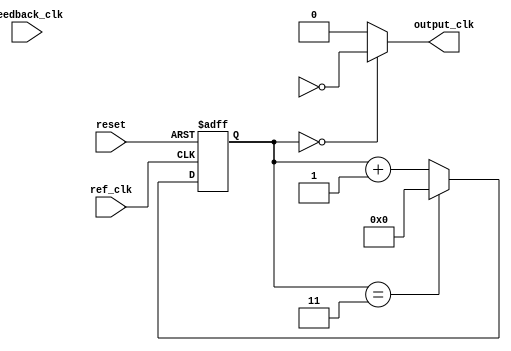
module PLL (
    input wire ref_clk,           // Reference clock input
    input wire feedback_clk,      // Feedback clock input
    output wire output_clk,       // PLL output clock
    input wire reset              // Asynchronous reset
);

// Parameters
parameter integer DIV_FACTOR = 4; // Divider factor for feedback (adjust as necessary)
parameter integer VCO_MAX_FREQ = 100; // Maximum frequency for VCO (in arbitrary units)

// PFD
reg pfd_fwd; // Lead indication
reg pfd_rev; // Lag indication

always @(posedge ref_clk or negedge reset) begin
    if (!reset) begin
        pfd_fwd <= 1'b0;
        pfd_rev <= 1'b0;
    end else begin
        // Basic PFD logic
        if (feedback_clk) begin
            pfd_fwd <= 1'b1; // Feedback clock is leading
            pfd_rev <= 1'b0;
        end else if (ref_clk) begin
            pfd_fwd <= 1'b0;
            pfd_rev <= 1'b1; // Reference clock is leading
        end
    end
end

// Charge Pump
reg signed [7:0] control_voltage; // Control voltage (can adjust the size based on requirements)

always @(posedge ref_clk or negedge reset) begin
    if (!reset) begin
        control_voltage <= 8'd0;
    end else begin
        if (pfd_fwd) begin
            control_voltage <= control_voltage + 1;  // Increase control voltage
        end else if (pfd_rev) begin
            control_voltage <= control_voltage - 1;  // Decrease control voltage
        end
    end
end

// VCO
reg [7:0] vco_frequency; // Frequency of the VCO (can adjust the size based on requirements)

always @(posedge ref_clk or negedge reset) begin
    if (!reset) begin
        vco_frequency <= 8'd0;
    end else begin
        // Simple VCO model affected by control voltage
        vco_frequency <= (control_voltage < 0) ? 8'd0 : (control_voltage > VCO_MAX_FREQ) ? VCO_MAX_FREQ : control_voltage;
    end
end

// Loop Filter (Simple RC Filter simulation)
reg [15:0] loop_filter_out; 

always @(posedge ref_clk or negedge reset) begin
    if (!reset) begin
        loop_filter_out <= 16'd0;
    end else begin
        // Implement a simple first-order low-pass filter
        loop_filter_out <= (loop_filter_out + control_voltage) >> 1; // Low-pass filter behavior
    end
end

// Feedback path: divide VCO output (Example: divide by DIV_FACTOR)
wire vco_out;
reg [7:0] clk_div_counter;

always @(posedge ref_clk or negedge reset) begin
    if (!reset) begin
        clk_div_counter <= 8'd0;
    end else if (clk_div_counter == (DIV_FACTOR - 1)) begin
        clk_div_counter <= 8'd0;
    end else begin
        clk_div_counter <= clk_div_counter + 1;
    end
end

assign feedback_clk = (clk_div_counter == 0) ? ~vco_out : vco_out; // Feedback derived from divided output

// Output Clock Driver
assign output_clk = (clk_div_counter == 0) ? ~vco_out : 1'b0; // Output clock generation based on divided feedback

endmodule